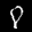
Label: 8